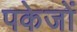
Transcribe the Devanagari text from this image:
पकेजों